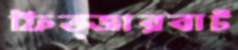
ফিত্জারবার্ট